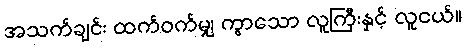
အသက်ချင်း ထက်ဝက်မျှ ကွာသော လူကြီးနှင့် လူငယ်။